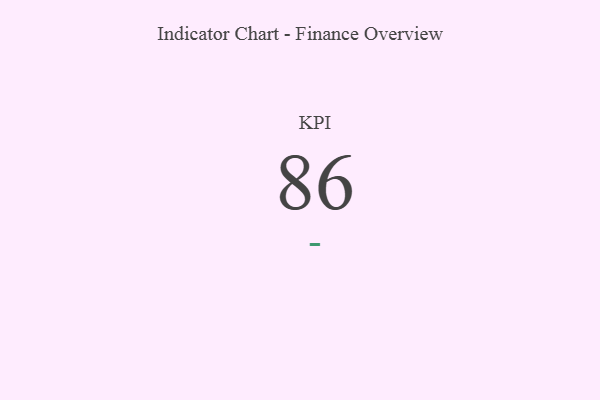
{"axis": {"x": "KPI", "y": "Value"}, "legend": [""], "data": [{"x": "KPI", "y": 86, "type": ""}]}